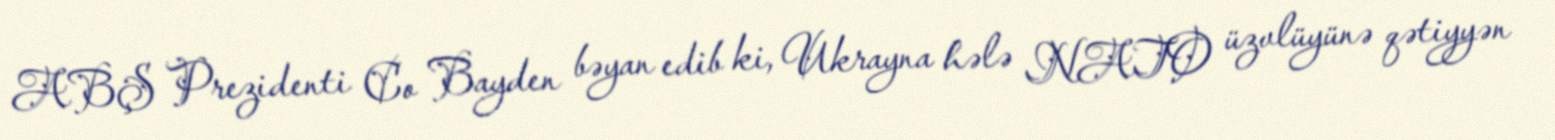
ABŞ Prezidenti Co Bayden bəyan edib ki, Ukrayna hələ NATO üzvlüyünə qətiyyən